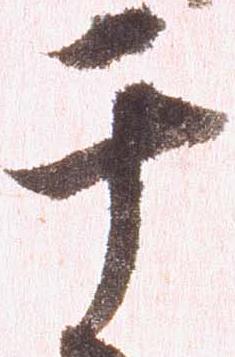
干